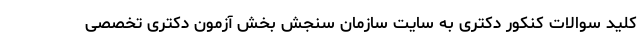
کلید سوالات کنکور دکتری به سایت سازمان سنجش بخش آزمون دکتری تخصصی